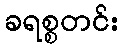
ခရစ္စတင်း